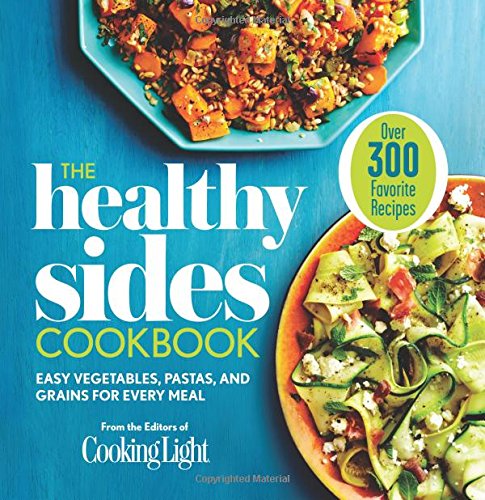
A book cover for The Healthy Sides Cookbook: Easy Vegetables, Pastas, and Grains for Every Meal; Editors of Cooking Light Magazine; Cookbooks, Food & Wine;